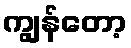
ကျွန်တော့